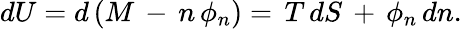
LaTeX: dU=d\left(M\, -\, n\, \phi_{n}\right)=\, T\, dS\, +\, \phi_{n}\, dn.